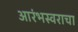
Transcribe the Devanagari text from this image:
आरंभस्वराचा